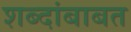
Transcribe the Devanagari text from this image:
शब्दांबाबत